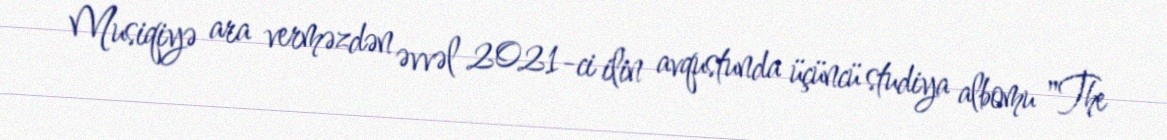
Musiqiyə ara verməzdən əvvəl 2021-ci ilin avqustunda üçüncü studiya albomu "The